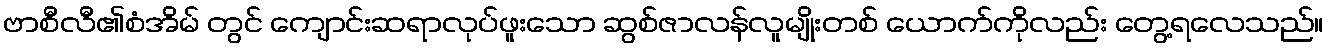
ဗာစီလီ၏စံအိမ် တွင် ကျောင်းဆရာလုပ်ဖူးသော ဆွစ်ဇာလန်လူမျိုးတစ် ယောက်ကိုလည်း တွေ့ရလေသည်။